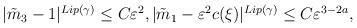
LaTeX: \begin{align*}\begin{aligned}&\lvert \tilde{m}_3-1 \rvert^{Lip(\gamma)}\le C \varepsilon^2, \lvert \tilde{m}_1-\varepsilon^2 c(\xi) \rvert^{Lip(\gamma)}\le C \varepsilon^{3-2 a},\end{aligned}\end{align*}